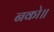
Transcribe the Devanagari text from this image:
नको॥